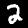
Label: 2